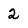
Character: 2